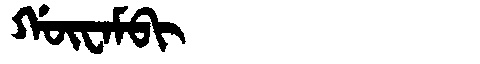
Manchu: ᡤᡡᠸᠠᠮᠪᡳ
Romanization: GŪWAMBI